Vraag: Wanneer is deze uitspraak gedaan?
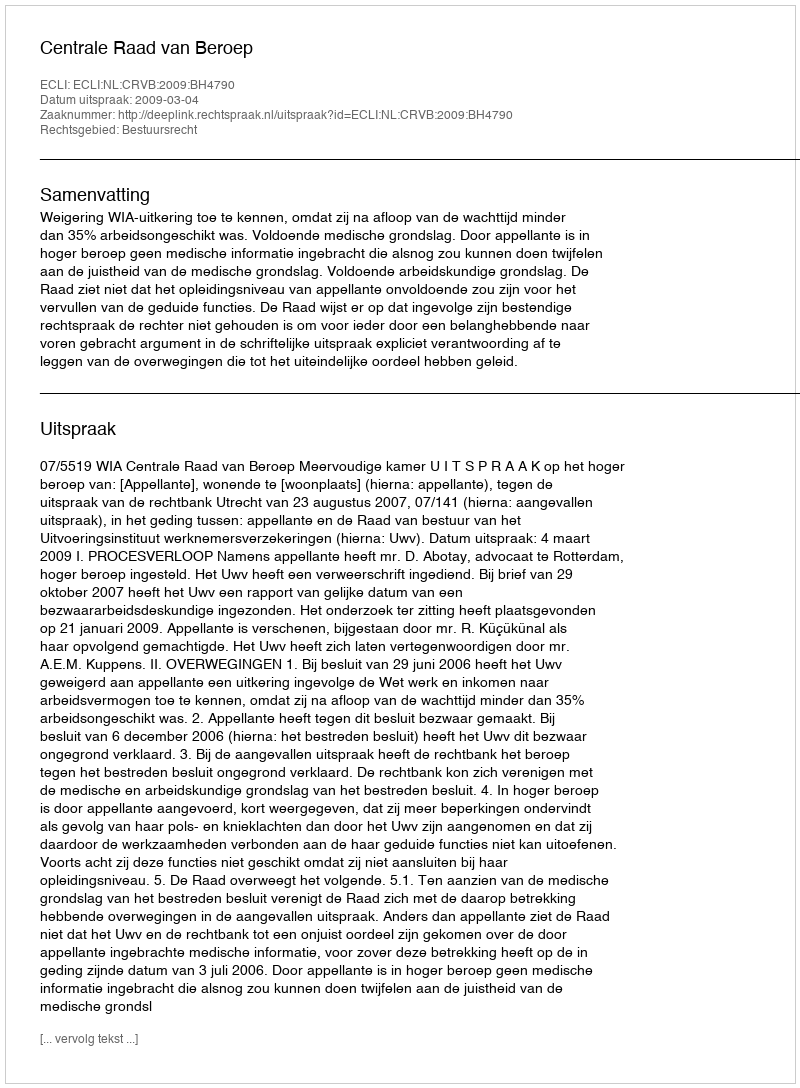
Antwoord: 2009-03-04